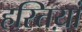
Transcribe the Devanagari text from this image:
हस्तिय़ां